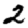
Digit: 2